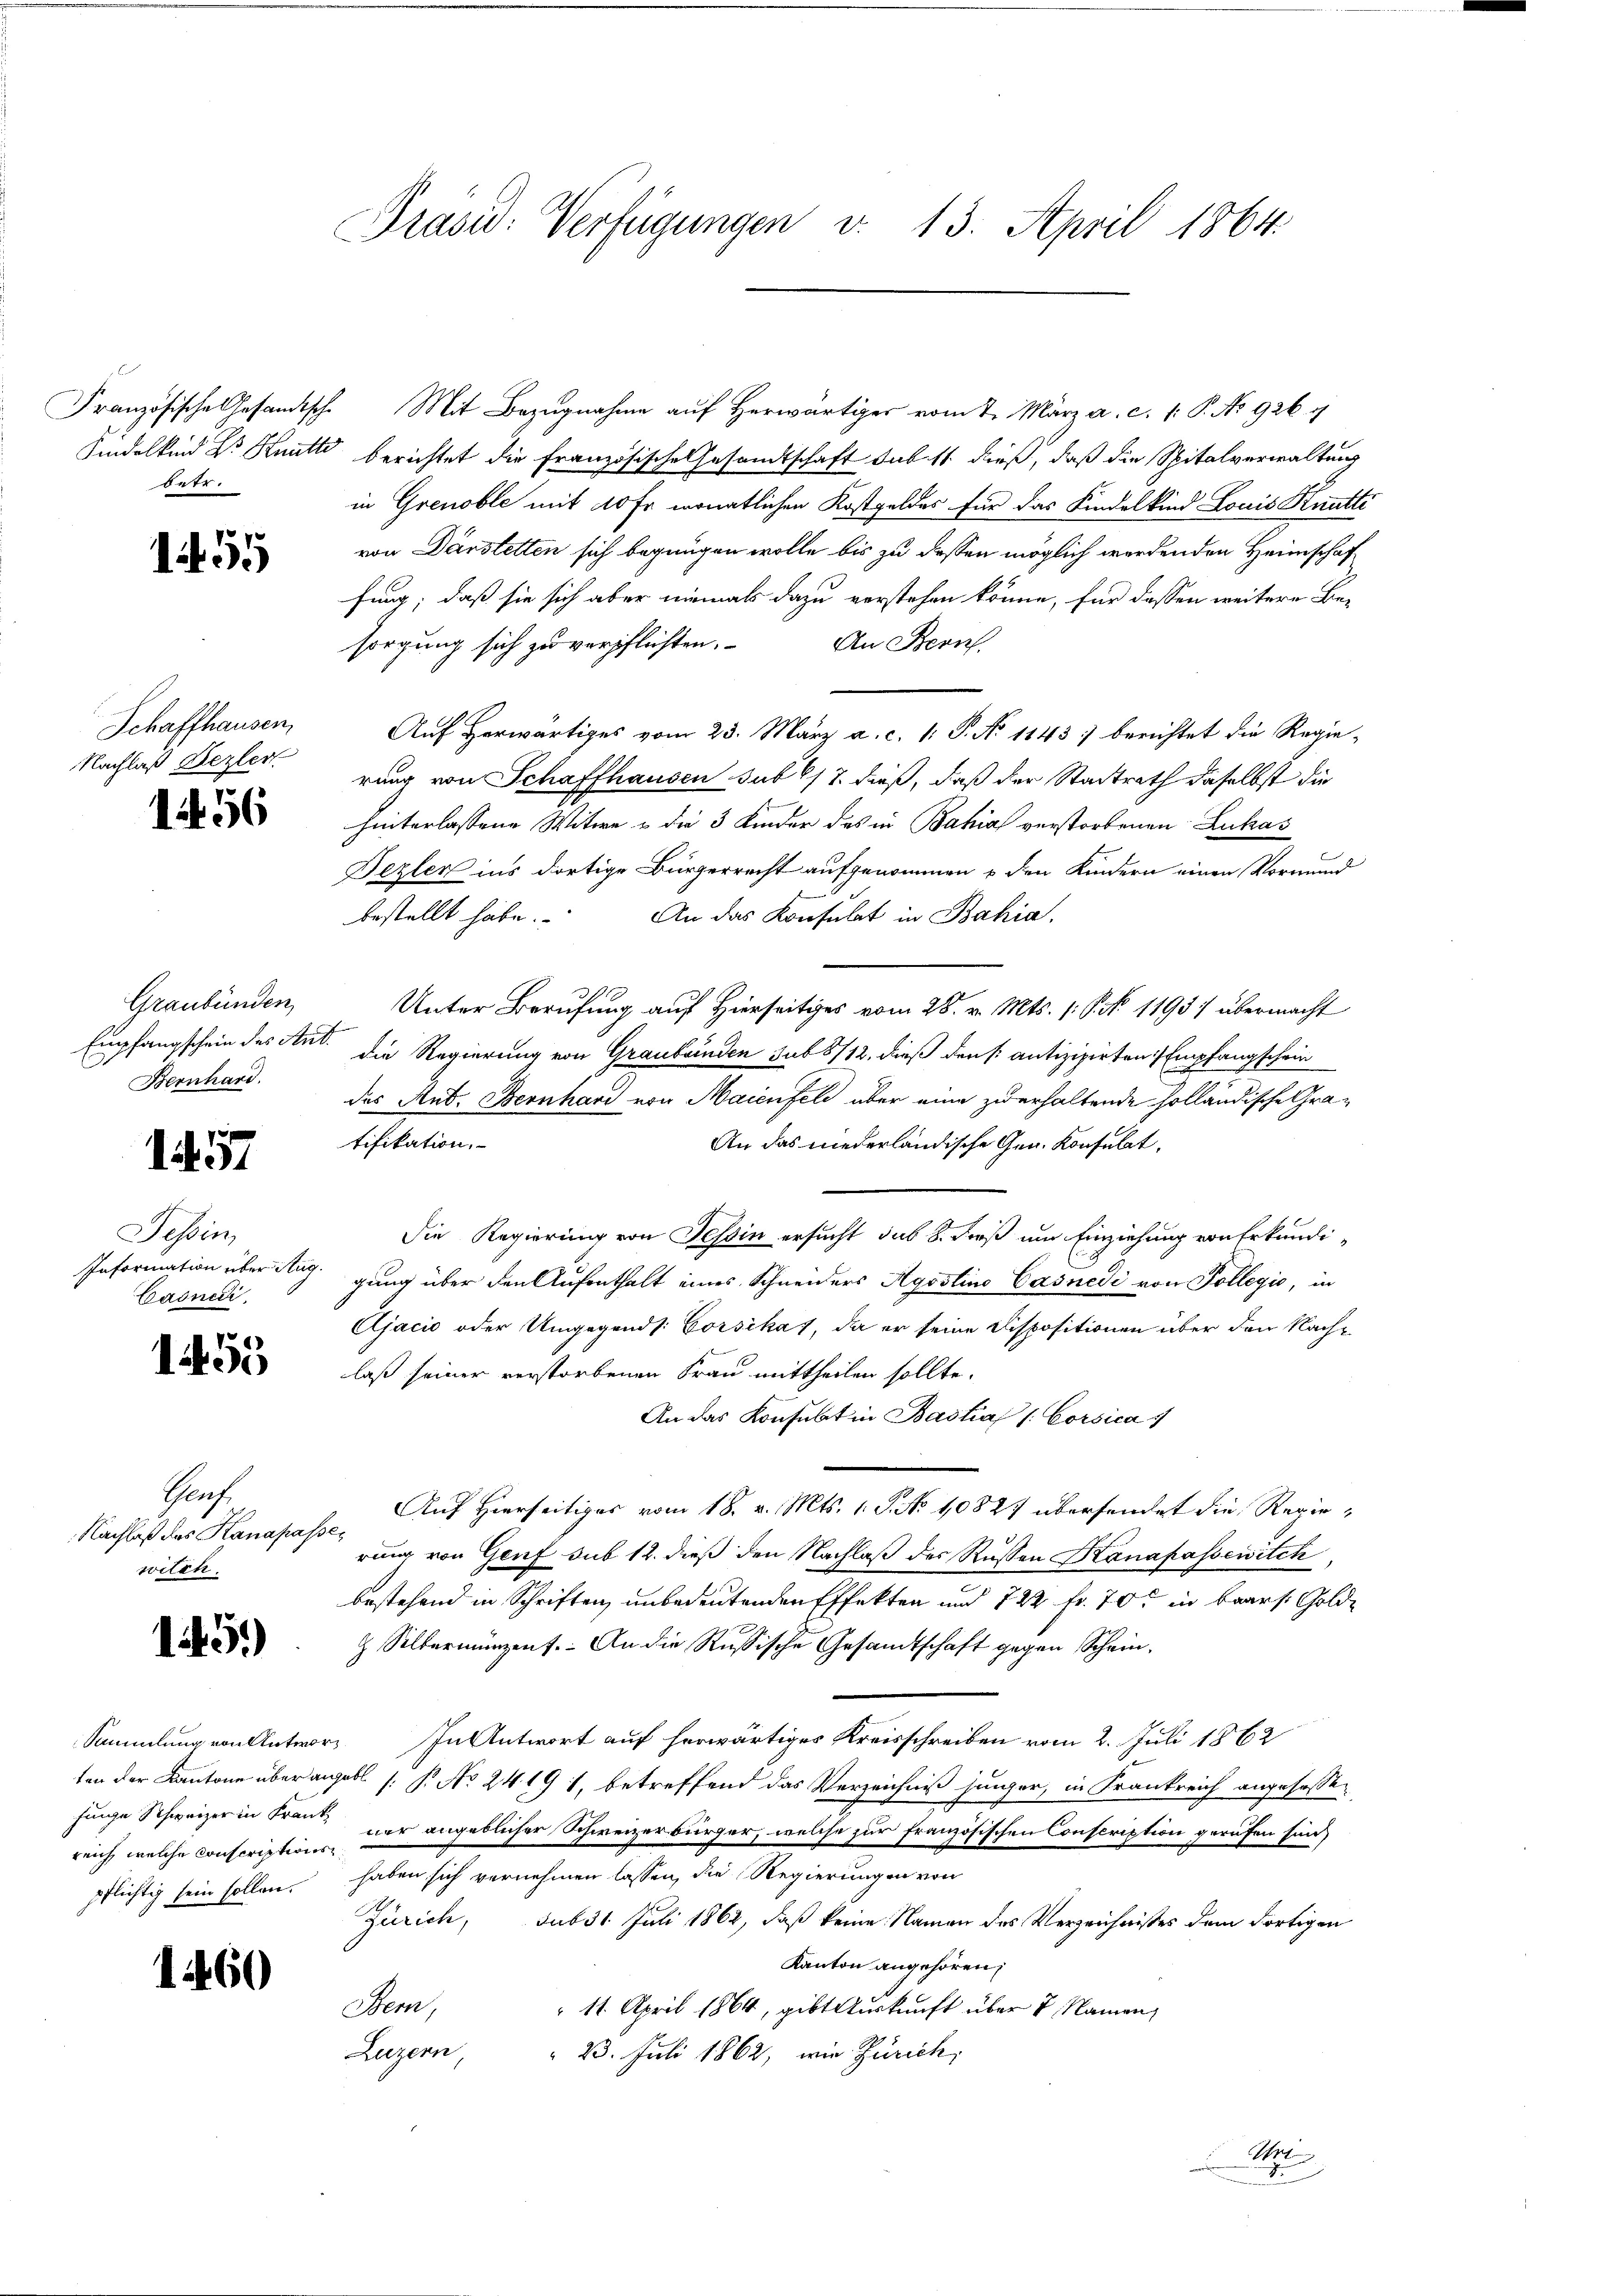
s. be
betr.

1455

Schaffhausen,
Nachlaß Lezter

1456

Graubünden
Empfangschein des Ant.
Bernhard.

1457

Sessen
Information über Aug.
Cadnedi

1455

Graf
Nachlaß das Kanapassewilch.

15.)

reich, welche Conscriptionspflichtig sein sollen.

1460

Präsid. Verfügungen v. 13. April 1864.

Französische Gesandtsche Mit Bezŭgnahme aŭf herwärtiger vom 7. März a. c. 1: P. No. 926. 4
Kindelkind Dr Knutti berichtet die Französische Gesandtschaft sub. 11. dieß, daß die Spitalverwaltung
in Grenoble mit 10 Fr. monatlichen Kostgeldes für das Kindelkind Louis Knutti
von Dürstetten sich begnügen wolle bis zu dessen möglich werdenden Heimschaf
fung, daß sie sich aber niemals dazu verstehen könne, für dassen weitere Besorgung sich zu verpflichten. An Bern,
Auf herwärtiges vom 23. März a. c. 1: P. No 1143) berichtet die Regie-
rung von Schaffhausen sub 6/7 dieß, daß der Stadtrath daselbst die
hinterlassene Witwe u die 3 Kinder des in Bahia verstorbenen Lukas
e
Dezler ins dortige Bürgerrecht aufgenommen u den Kindern einen Vormund
bestellt habe. An das Konsulat in Bahia.
Unter Berufung auf Hierseitiges vom 28. v. Mts. (: P. Nr. 11957 übermacht
die Regierung von Graubünden sub 8712. dieß den (antizipirten Empfangschein
das Rud. Bernhard von Maienfel über eine zu erhaltende holländische Gratifikation,
An das niederländische Gen. Konsulat,
Die Regierung von Tessin ersucht, das 8. dieß um Einziehung von Erkundi-
gung über den Aufenthalt eines Schneiders Agostins Casnedi von Tollegio, in
Ajacio oder Umgegends: Corsikas, da er seine Dispositionen über den Nachlaß seiner verstorbenen Frau mittheilen sollte.
An das Konsulat in Bastias /: Corsica
Auf Hierseitiges vom 18. v. Mts. 1. P. No 10827 übersendet die Regierung von Genf sub 12. dieß den Nachlaβ des Rüssen Kanapassewitek
bestehend in Schriften unbedeutenden Effekten und 722 fr. 70. in Baars. Golde
H Silbermünzent. An die Russische Gesandtschaft gegen Schein¬
Sammlung von Antwort. In Antwort auf herwärtiges Kreisschreiben vom 2. Juli 1862
ten der Kantone über angebl s. B. No 2419 1, betreffend das Verzeichniß jünger, in Krankreich angefassen
finge Schweizer in Franz vor angeblicher Schweizerbürger, welche zur Französischen Conscription gerufen sind,
haben sich vernehmen lassen, die Regierungen von
Zürich, sub 31 Juli 1862, daß keine Namen des Verzeichnisses dem Fortigen
Kanton angehören;
em,
 11. April 1864, gibt Auskunft über 2 Namen,
Luzern,
 23. Juli 1862, wie Zürich,
S